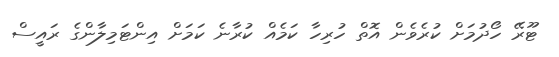
ޓޫރޭ ހޯދުމަށް ކުރެވެން އޮތް ހުރިހާ ކަމެއް ކުރާނެ ކަމަށް އިންޓަމިލާންގެ ރައީސް